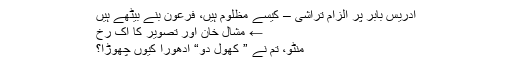
ادریس بابر پر الزام تراشی – کیسے مظلوم ہیں، فرعون بنے بیٹھے ہیں
← مشال خان اور تصویر کا اک رخ
منٹو، تم نے ” کھول دو“ ادھورا کیوں چھوڑا؟